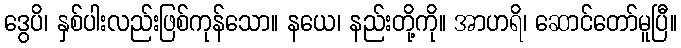
ဒွေပိ၊ နှစ်ပါးလည်းဖြစ်ကုန်သော။ နယေ၊ နည်းတို့ကို။ အာဟရိ၊ ဆောင်တော်မူပြီ။